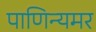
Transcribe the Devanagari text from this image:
पाणिन्यमर